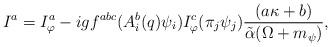
LaTeX: \begin{align*} I^a=I^a_\varphi-igf^{abc}(A_i^b(q)\psi_i)I^c_\varphi (\pi_j\psi_j)\frac{(a\kappa+b)}{\tilde \alpha(\Omega+m_\psi)},\end{align*}